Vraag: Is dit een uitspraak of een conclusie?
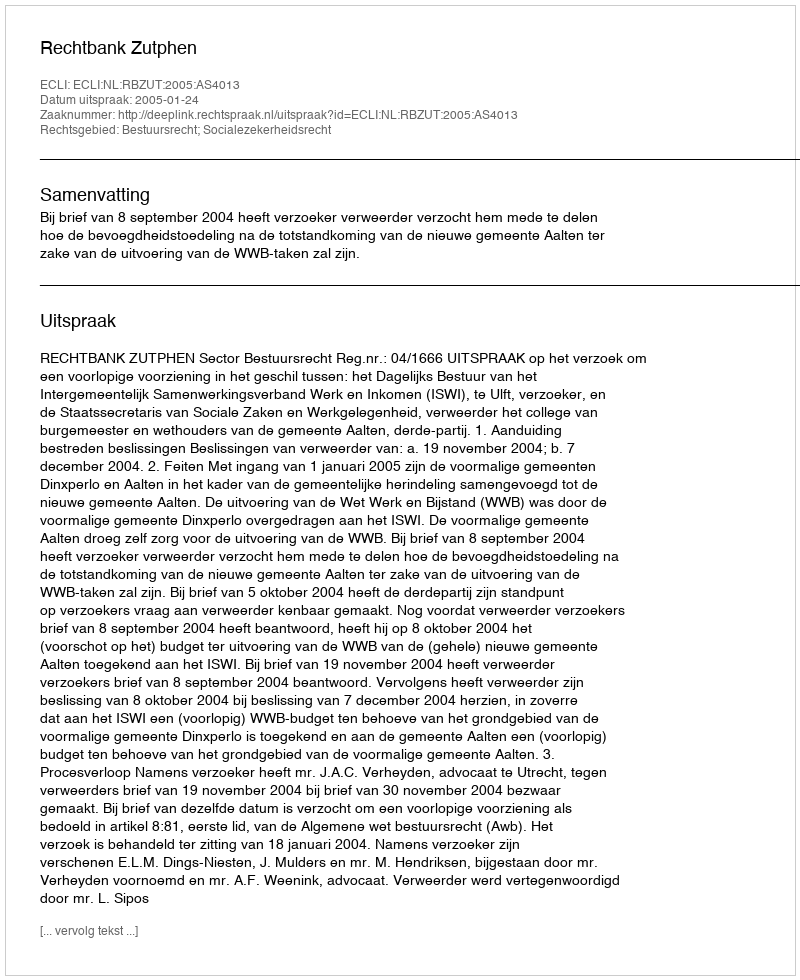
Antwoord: Uitspraak